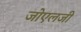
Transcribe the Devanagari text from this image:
जोएलजी